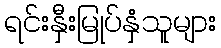
ရင်းနှီးမြုပ်နှံသူများ